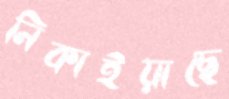
নিকাইয়াছে